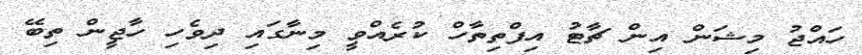
ހައްޖު މިޝަން އިން ޗާޓު އިފްތިތާހް ކުރެއްވީ މިނާގައި ދިވެހި ހާޖީން ތިބޭ